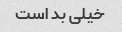
خیلی بد است